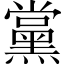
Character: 黨